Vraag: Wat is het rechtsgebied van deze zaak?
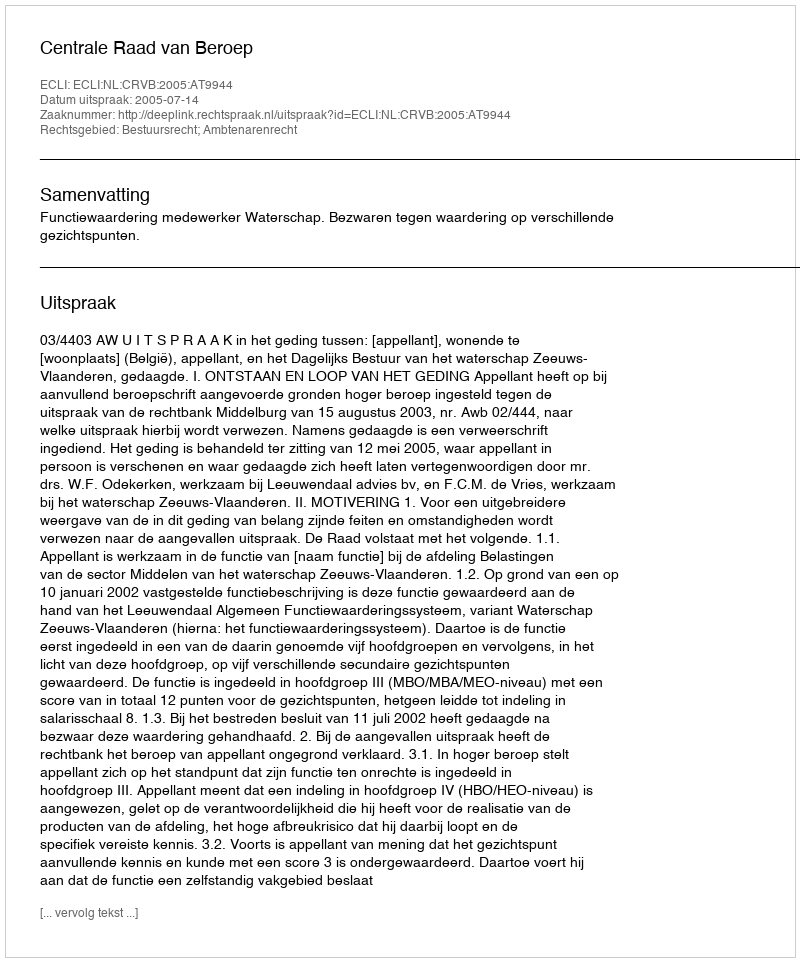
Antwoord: Bestuursrecht; Ambtenarenrecht